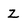
Character: Z